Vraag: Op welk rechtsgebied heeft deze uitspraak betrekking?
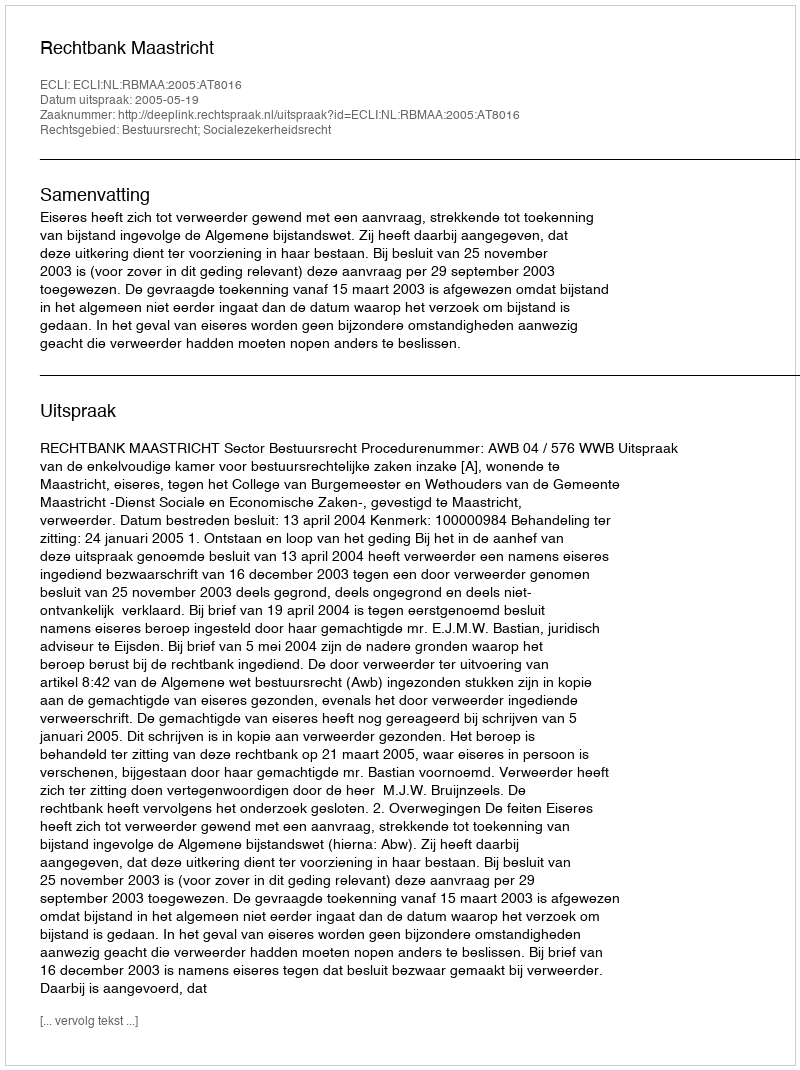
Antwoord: Bestuursrecht; Socialezekerheidsrecht